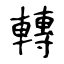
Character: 轉